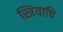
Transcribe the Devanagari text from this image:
स्त्रियाचि